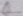
Text: P